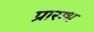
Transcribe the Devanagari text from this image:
प्रारम्भ